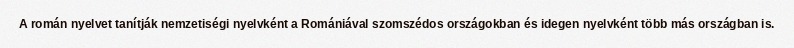
A román nyelvet tanítják nemzetiségi nyelvként a Romániával szomszédos országokban és idegen nyelvként több más országban is.